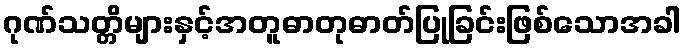
ဂုဏ်သတ္တိများနှင့်အတူဓာတုဓာတ်ပြုခြင်းဖြစ်သောအခါ